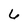
Character: 6